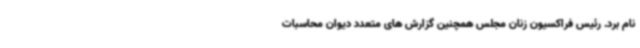
نام برد. رئیس فراکسیون زنان مجلس همچنین گزارش های متعدد دیوان محاسبات